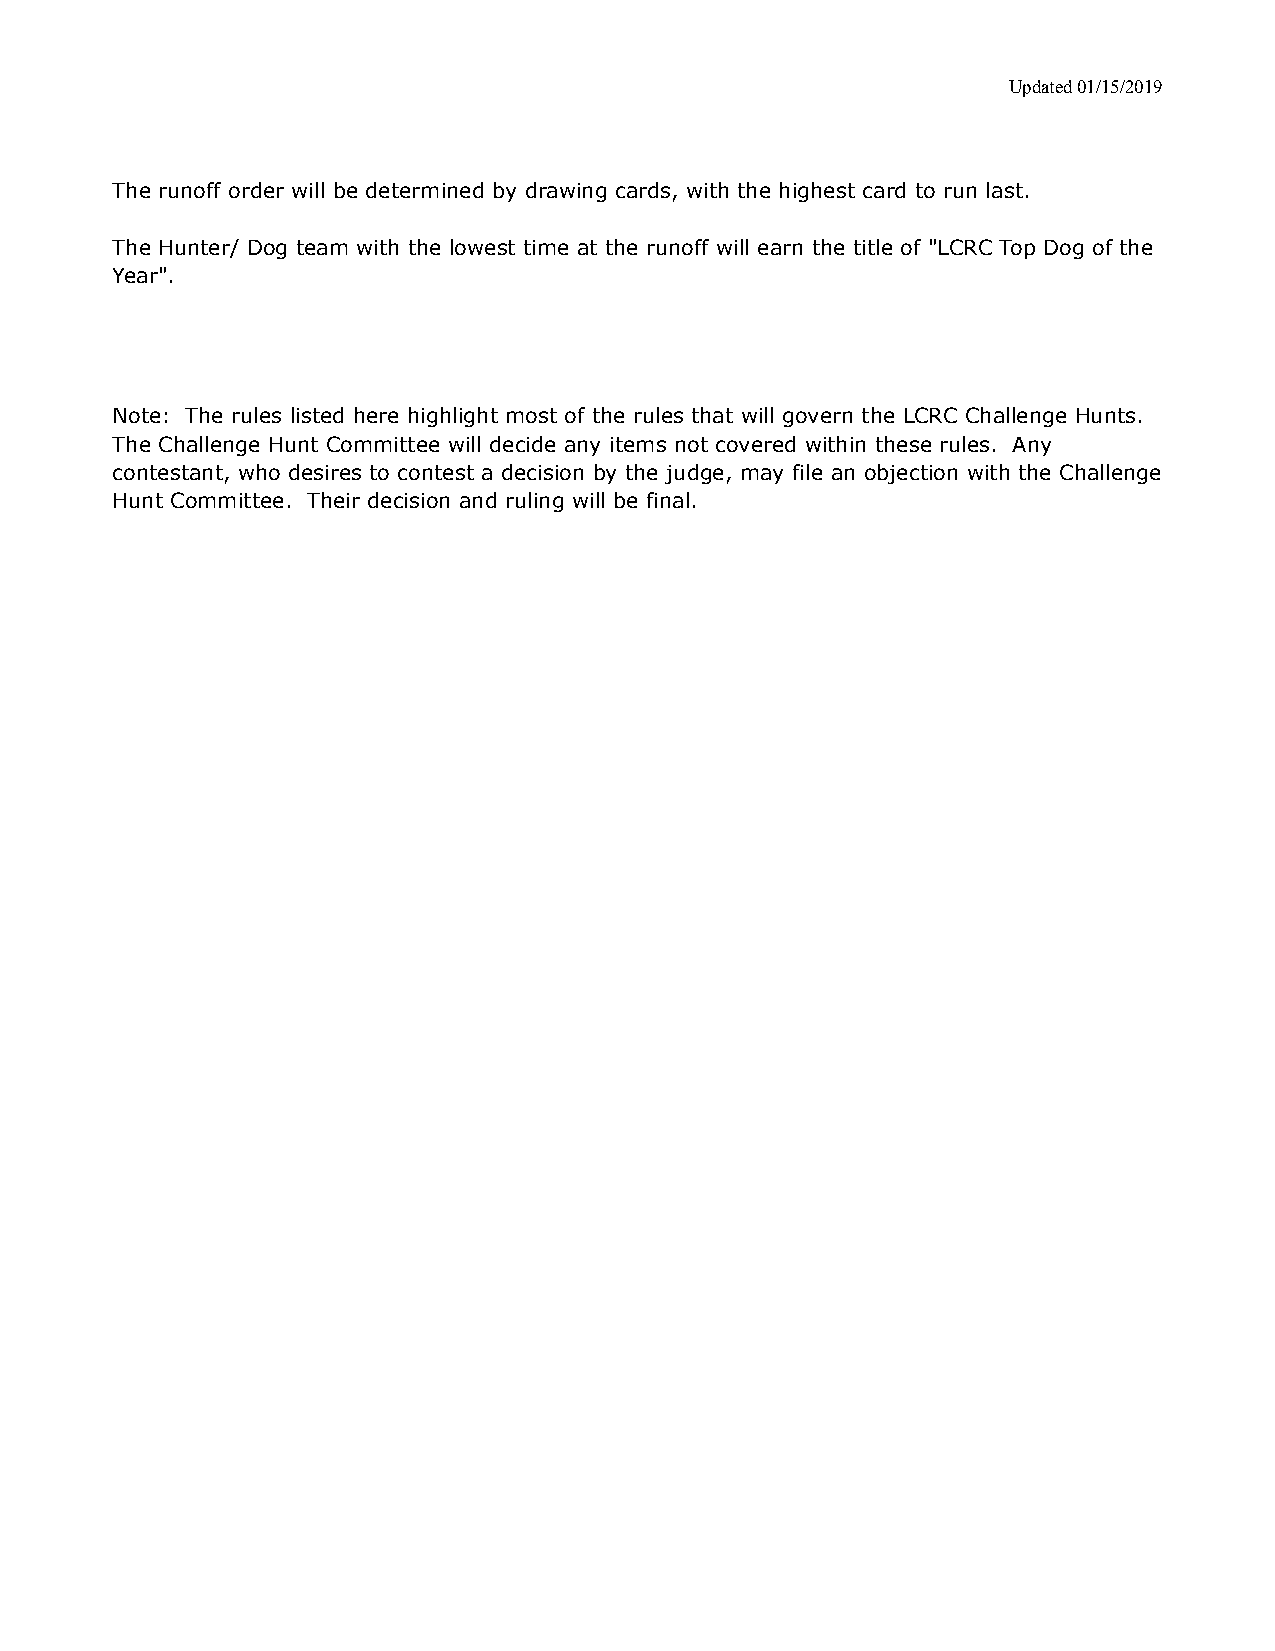
Updated 01/15/2019
 The runoff order will be determined by drawing cards, with the highest card to run last.
 The Hunter/ Dog team with the lowest time at the runoff will earn the title of "LCRC Top Dog of the
 Year".
 Note: The rules listed here highlight most of the rules that will govern the LCRC Challenge Hunts.
 The Challenge Hunt Committee will decide any items not covered within these rules. Any
 contestant, who desires to contest a decision by the judge, may file an objection with the Challenge
 Hunt Committee. Their decision and ruling will be final.